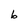
Character: b